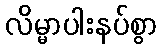
လိမ္မာပါးနပ်စွာ